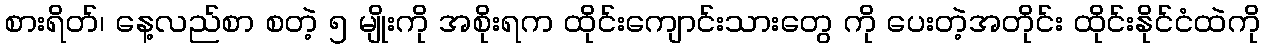
စားရိတ်၊ နေ့လည်စာ စတဲ့ ၅ မျိုးကို အစိုးရက ထိုင်းကျောင်းသားတွေ ကို ပေးတဲ့အတိုင်း ထိုင်းနိုင်ငံထဲကို